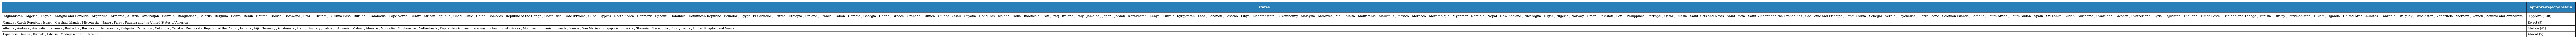
| states | approve/reject/abstain |
 | --- | --- |
 | Afghanistan , Algeria , Angola , Antigua and Barbuda , Argentina , Armenia , Austria , Azerbaijan , Bahrain , Bangladesh , Belarus , Belgium , Belize , Benin , Bhutan , Bolivia , Botswana , Brazil , Brunei , Burkina Faso , Burundi , Cambodia , Cape Verde , Central African Republic , Chad , Chile , China , Comoros , Republic of the Congo , Costa Rica , Côte d'Ivoire , Cuba , Cyprus , North Korea , Denmark , Djibouti , Dominica , Dominican Republic , Ecuador , Egypt , El Salvador , Eritrea , Ethiopia , Finland , France , Gabon , Gambia , Georgia , Ghana , Greece , Grenada , Guinea , Guinea-Bissau , Guyana , Honduras , Iceland , India , Indonesia , Iran , Iraq , Ireland , Italy , Jamaica , Japan , Jordan , Kazakhstan , Kenya , Kuwait , Kyrgyzstan , Laos , Lebanon , Lesotho , Libya , Liechtenstein , Luxembourg , Malaysia , Maldives , Mali , Malta , Mauritania , Mauritius , Mexico , Morocco , Mozambique , Myanmar , Namibia , Nepal , New Zealand , Nicaragua , Niger , Nigeria , Norway , Oman , Pakistan , Peru , Philippines , Portugal , Qatar , Russia , Saint Kitts and Nevis , Saint Lucia , Saint Vincent and the Grenadines , São Tomé and Príncipe , Saudi Arabia , Senegal , Serbia , Seychelles , Sierra Leone , Solomon Islands , Somalia , South Africa , South Sudan , Spain , Sri Lanka , Sudan , Suriname , Swaziland , Sweden , Switzerland , Syria , Tajikistan , Thailand , Timor-Leste , Trinidad and Tobago , Tunisia , Turkey , Turkmenistan , Tuvalu , Uganda , United Arab Emirates , Tanzania , Uruguay , Uzbekistan , Venezuela , Vietnam , Yemen , Zambia and Zimbabwe . | Approve (138) |
 | Canada , Czech Republic , Israel , Marshall Islands , Micronesia , Nauru , Palau , Panama and the United States of America . | Reject (9) |
 | Albania , Andorra , Australia , Bahamas , Barbados , Bosnia and Herzegovina , Bulgaria , Cameroon , Colombia , Croatia , Democratic Republic of the Congo , Estonia , Fiji , Germany , Guatemala , Haiti , Hungary , Latvia , Lithuania , Malawi , Monaco , Mongolia , Montenegro , Netherlands , Papua New Guinea , Paraguay , Poland , South Korea , Moldova , Romania , Rwanda , Samoa , San Marino , Singapore , Slovakia , Slovenia , Macedonia , Togo , Tonga , United Kingdom and Vanuatu . | Abstain (41) |
 | Equatorial Guinea , Kiribati , Liberia , Madagascar and Ukraine . | Absent (5) |